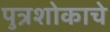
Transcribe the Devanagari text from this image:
पुत्रशोकाचे